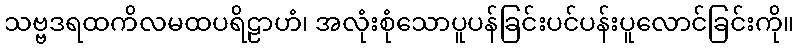
သဗ္ဗဒရထကိလမထပရိဠာဟံ၊ အလုံးစုံသောပူပန်ခြင်းပင်ပန်းပူလောင်ခြင်းကို။